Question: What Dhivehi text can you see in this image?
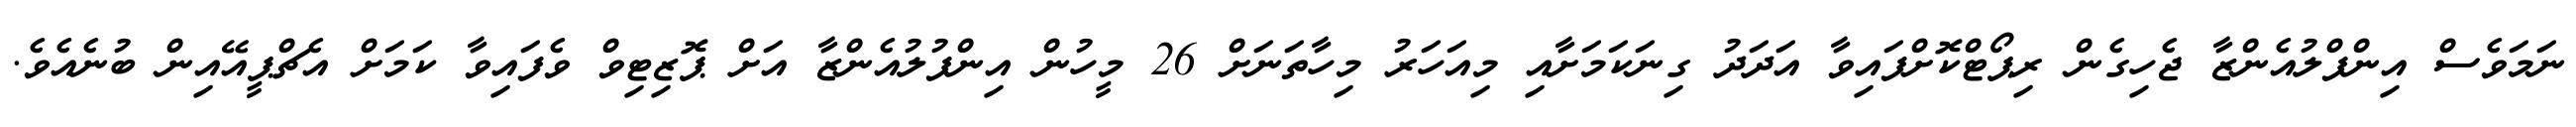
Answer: ނަމަވެސް އިންފްލުއެންޒާ ޖެހިގެން ރިޕޯޓްކޮށްފައިވާ އަދަދު ގިނަކަމަށާއި މިއަހަރު މިހާތަނަށް 26 މީހުން އިންފުލުއެންޒާ އަށް ޕޮޒިޓިވް ވެފައިވާ ކަމަށް އެޗްޕީއޭއިން ބުނެއެވެ.